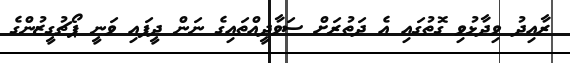
ރާއިދު ވިދާޅުވި ގޮތުގައި އެ ދަތުރަށް ސަވާދީއްތައިގެ ނަން ދީފައި ވަނީ ޕޯޗުގީޒުންގެ